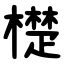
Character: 檚